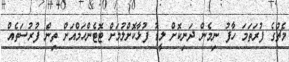
މެޗުގެ ފުރަތަމަ ހާފު ނިމެން ދަނިކޮށް ލީޑު ފުޅާކޮށްލުމަށް ޓޮޓެންހަމްއަށް ތިން ފުރުސަތެއް